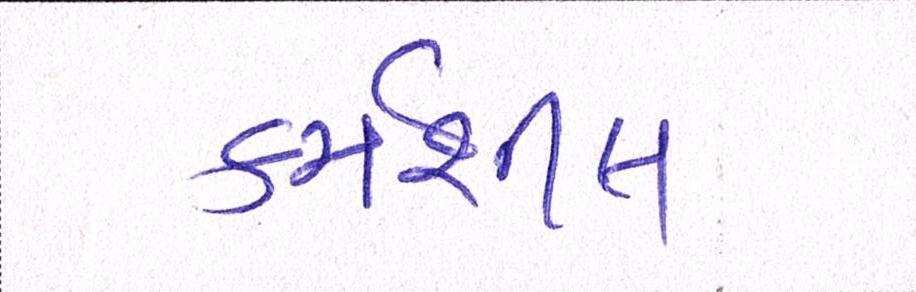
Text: કર્મશીલ